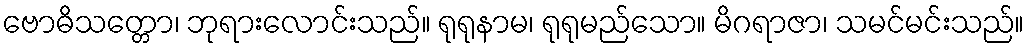
ဗောဓိသတ္တော၊ ဘုရားလောင်းသည်။ ရုရုနာမ၊ ရုရုမည်သော။ မိဂရာဇာ၊ သမင်မင်းသည်။